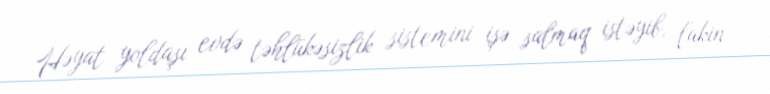
Həyat yoldaşı evdə təhlükəsizlik sistemini işə salmaq istəyib, lakin